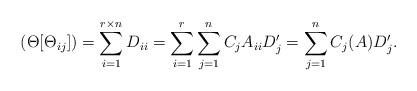
LaTeX: \begin{align*}(\Theta[\Theta_{ij}])=\sum^{r\times n}_{i=1}D_{ii}=\sum^{r}_{i=1}\sum^{n}_{j=1}C_jA_{ii}D_j'=\sum^n_{j=1}C_j(A)D_j'.\end{align*}